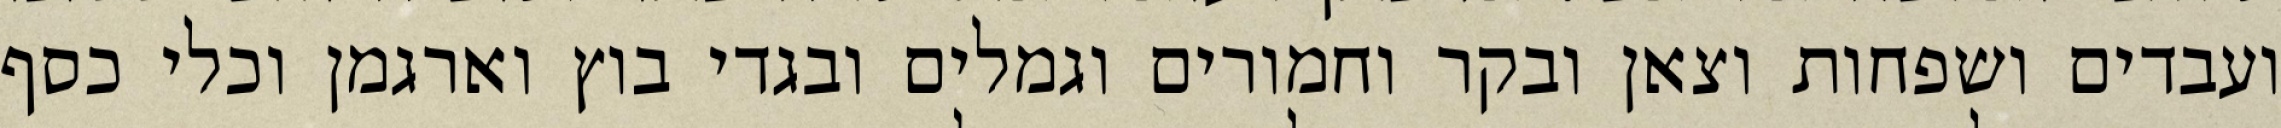
ועבדים ושפחות וצאן ובקר וחמורים וגמלים ובגדי בוץ וארגמן וכלי כסף